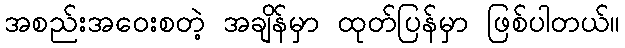
အစည်းအဝေးစတဲ့ အချိန်မှာ ထုတ်ပြန်မှာ ဖြစ်ပါတယ်။